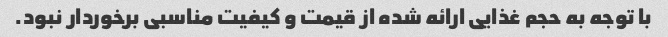
با توجه به حجم غذایی ارائه شده از قیمت و کیفیت مناسبی برخوردار نبود.